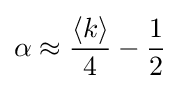
\alpha \approx {\frac {\langle k\rangle }{4}}-{\frac {1}{2}}